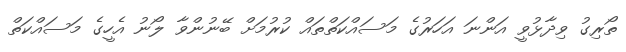
ތޯރިގު ވިދާޅުވީ އަންނަ އަހަރުގެ މަސައްކަތްތައް ކުރުމަށް ބޭނުންވާ ލޯނު އެހީގެ މަސައްކަތް